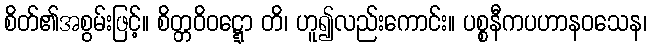
စိတ်၏အစွမ်းဖြင့်။ စိတ္တဝိဝဋ္ဋော တိ၊ ဟူ၍လည်းကောင်း။ ပစ္စနီကပဟာနဝသေန၊